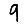
Digit: 9